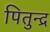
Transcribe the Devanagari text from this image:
पितुन्द्र